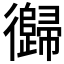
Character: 𱝺